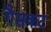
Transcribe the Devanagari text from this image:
गैसकट